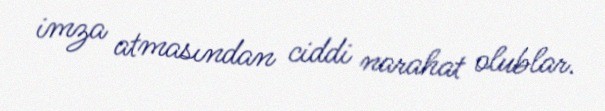
imza atmasından ciddi narahat olublar.